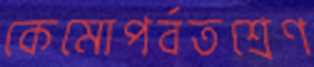
কেমোপর্বতশ্রেণ